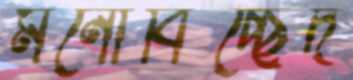
মনোবিচ্ছেদ